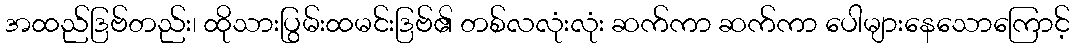
အထည်ဒြဗ်တည်း၊ ထိုသားပြွမ်းထမင်းဒြဗ်၏ တစ်လလုံးလုံး ဆက်ကာ ဆက်ကာ ပေါများနေသောကြောင့်